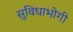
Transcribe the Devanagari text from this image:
सुविधाभोगी